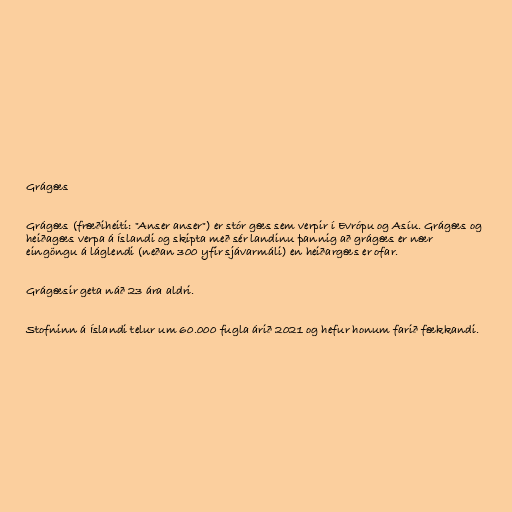
Grágæs

Grágæs (fræðiheiti: "Anser anser") er stór gæs sem verpir í Evrópu og Asíu. Grágæs og
heiðagæs verpa á Íslandi og skipta með sér landinu þannig að grágæs er nær
eingöngu á láglendi (neðan 300 yfir sjávarmáli) en heiðargæs er ofar.

Grágæsir geta náð 23 ára aldri.

Stofninn á Íslandi telur um 60.000 fugla árið 2021 og hefur honum farið fækkandi.